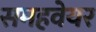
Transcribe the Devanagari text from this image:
समहवेयर